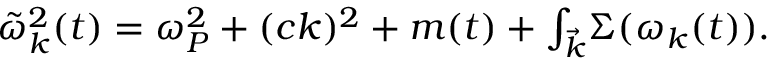
\begin{array} { r } { \tilde { \omega } _ { k } ^ { 2 } ( t ) = \omega _ { P } ^ { 2 } + ( c k ) ^ { 2 } + m ( t ) + { \int _ { \vec { k } } } \Sigma ( \omega _ { k } ( t ) ) . } \end{array}